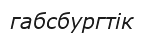
габсбургтік